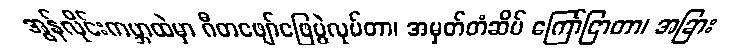
အွန်လိုင်းကမ္ဘာထဲမှာ ဂီတဖျော်ဖြေပွဲလုပ်တာ၊ အမှတ်တံဆိပ် ကြော်ငြာတာ၊ အခြား